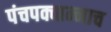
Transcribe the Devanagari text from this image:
पंचपक्वान्नाच